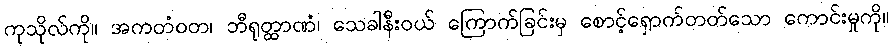
ကုသိုလ်ကို။ အကတံဝတ၊ ဘီရုတ္ထာဏံ၊ သေခါနီးဝယ် ကြောက်ခြင်းမှ စောင့်ရှောက်တတ်သော ကောင်းမှုကို။